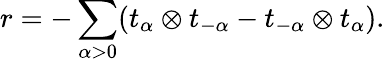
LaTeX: r=-\sum_{\alpha>0}(t_{\alpha}\otimes t_{-\alpha}-t_{-\alpha}\otimes t_{\alpha}).